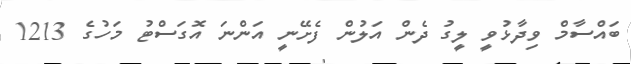
ބައްސާމް ވިދާޅުވީ ލީގު ދެން އަލުން ފެށޭނީ އަންނަ އޮގަސްޓު މަހުގެ 1213